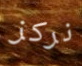
نركز